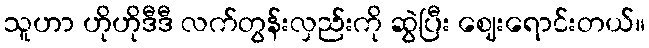
သူဟာ ဟိုဟိုဒီဒီ လက်တွန်းလှည်းကို ဆွဲပြီး ဈေးရောင်းတယ်။